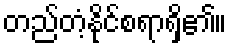
တည်တံ့နိုင်စရာရှိ၏။